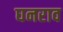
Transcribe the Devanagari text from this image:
घनराव